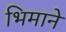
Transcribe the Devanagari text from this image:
भिमाने